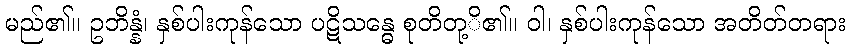
မည်၏။ ဥဘိန္နံ၊ နှစ်ပါးကုန်သော ပဋိသန္ဓေ စုတိတု့ိ၏။ ဝါ၊ နှစ်ပါးကုန်သော အတိတ်တရား